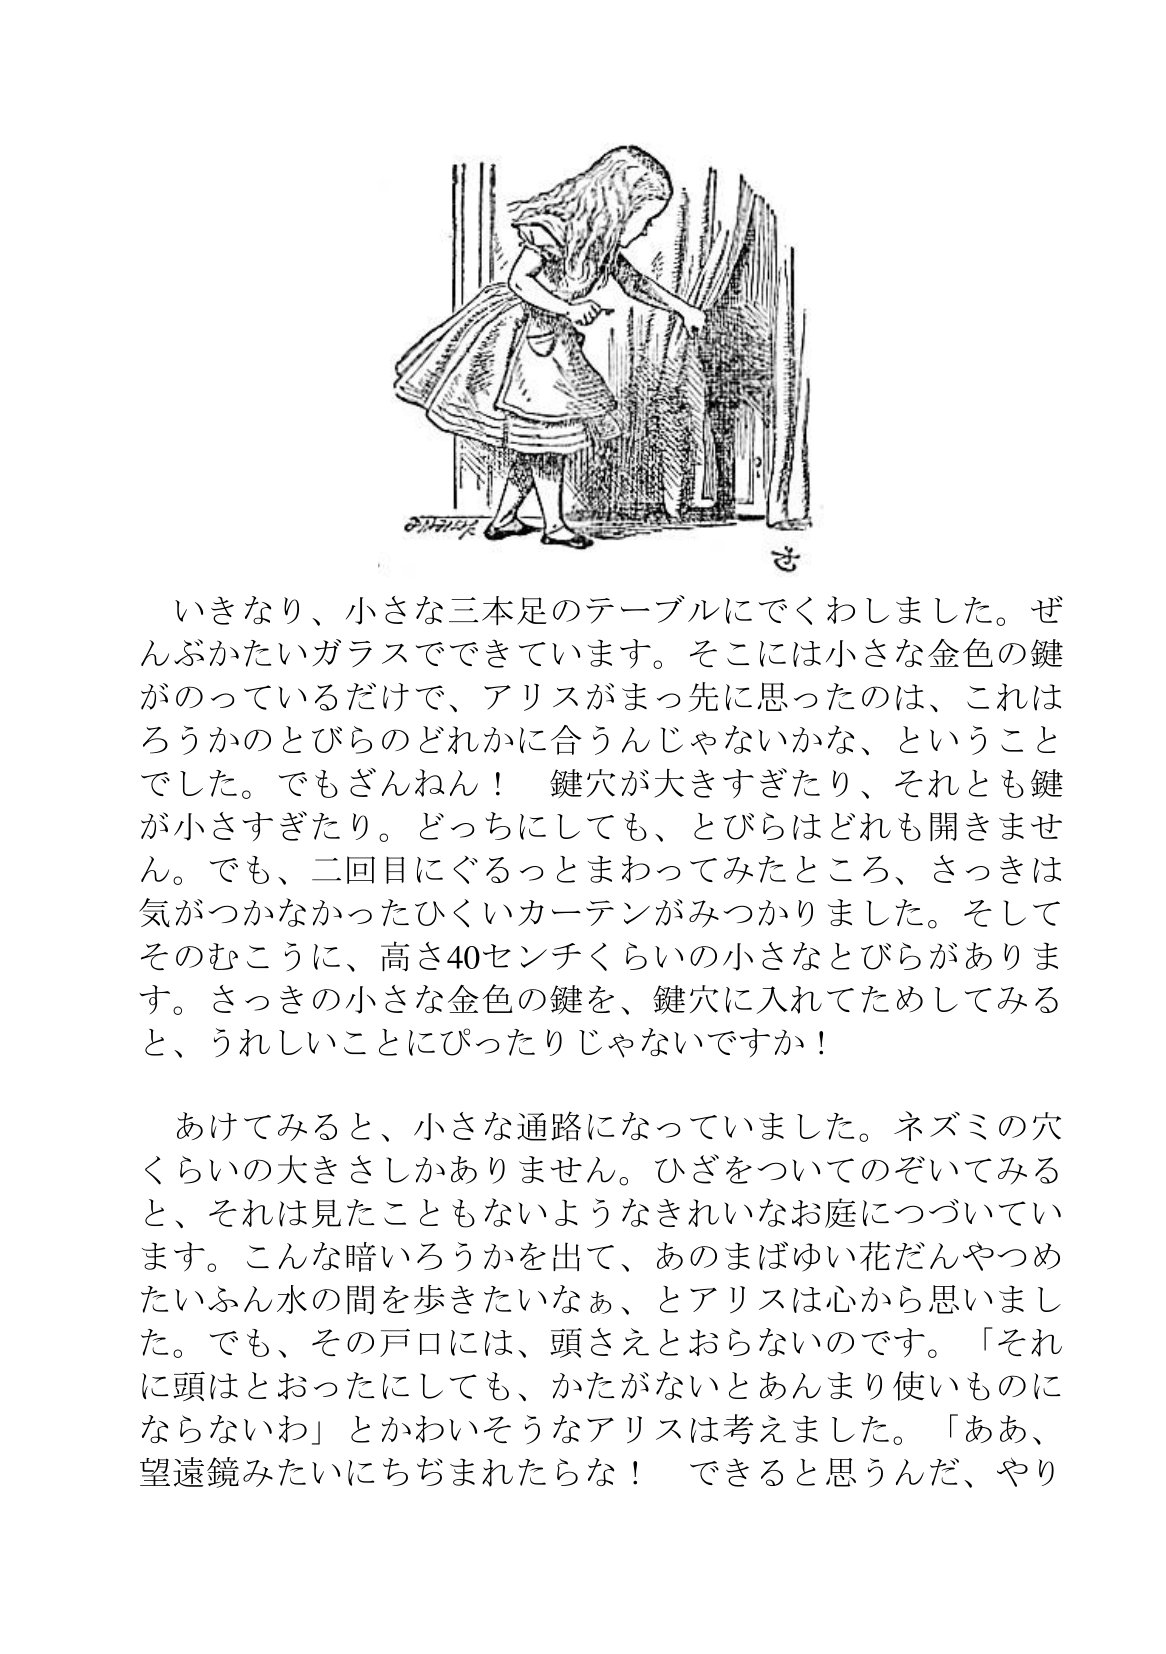
Language: ja